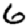
Digit: 6